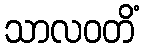
သာလဝတိံ